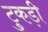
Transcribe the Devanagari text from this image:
टुकड़ी